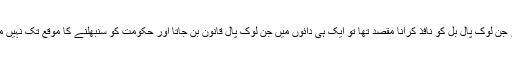
اگر جن لوک پال بل کو نافذ کرانا مقصد تھا تو ایک ہی دائوں میں جن لوک پال قانون بن جاتا اور حکومت کو سنبھلنے کا موقع تک نہیں ملتا۔